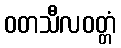
ဝတသီလဝတ္တံ